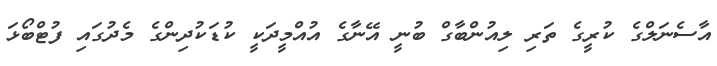
އާސެނަލްގެ ކުރީގެ ތަރި ލިއުންބާގް ބުނީ އޭނާގެ އުއްމީދަކީ ކުޑަކުދިންގެ މެދުގައި ފުޓްބޯޅަ